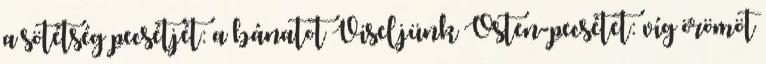
a sötétség pecsétjét: a bánatot Viseljünk Ősten-pecsétet: víg örömöt